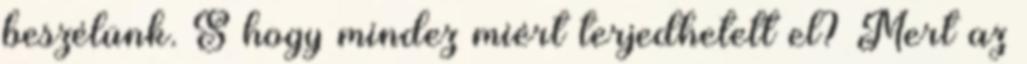
beszélünk. S hogy mindez miért terjedhetett el? Mert az